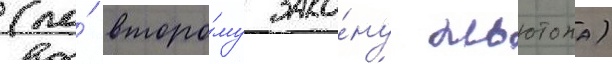
(по́ второ́му зако́ну ньютона)